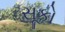
સૂકો